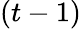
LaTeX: (t-1)